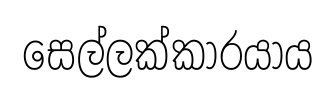
සෙල්ලක්කාරයාය